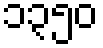
၁၃၅၀